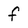
Character: f